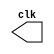
// ---------------------------
// -- Guia 09 - Exercicio 04 -
// ---------------------------

//-- Bruno Csar Lopes Silva - 415985

//----------------------------
//---------Clock--------------
//----------------------------
module clock ( clk );
 output clk;
 reg    clk;

 initial
  begin
   clk = 1'b0;
  end

 always
  begin
   #2 clk = ~clk;
  end
endmodule

//----------------------------
//---------PULSO--------------
//----------------------------
module pulse ( signal, clock );
 input  clock;
 output signal;
 reg    signal;

 always @ (  negedge clock )
  begin
       signal = 1'b0;
  #8   signal = 1'b1;
  #8   signal = 1'b0;
    
  
  end
endmodule // pulse

//----------------------------
//---------Teste--------------
//----------------------------
module testpulse;

 wire  clock;
 clock clk ( clock );
 wire  p1;

 pulse   pulse1   ( p1, clock );

 initial begin
  $dumpfile ( "exercicio04.vcd" );
  $dumpvars (1, clock, p1);
   #480 $finish;

 end

endmodule //exercicio04